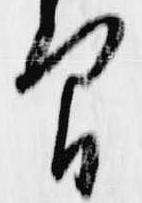
間